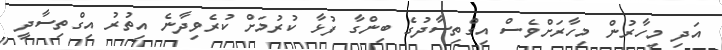
އަދި މިހާރުން މިހާރަށްވެސް އިގްތިސާދުގެ ބިންގާ ފުޅާ ކުރުމަށް ކުރެވިދާނެ އިތުރު އިގްތިސާދީ